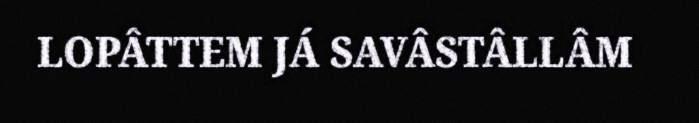
LOPÂTTEM JÁ SAVÂSTÂLLÂM